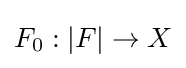
F_{0}:|F|\rightarrow X